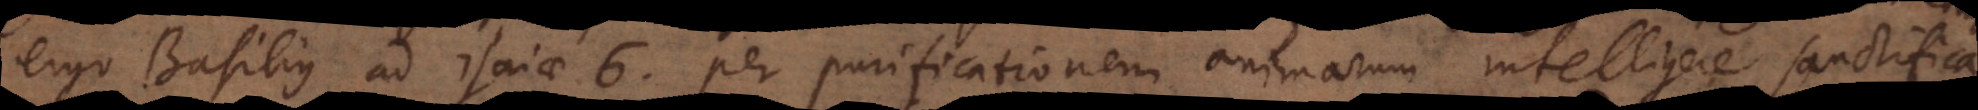
silius ad Isaiae 6. per purificationem animarum intelligere sanctifica